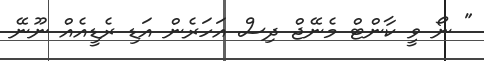
" ނޯ ވީ ކާންޓް މެނޭޖް ދިސް އަހަރެން އަޑި ރެޑީއެއް ނޫނޭ